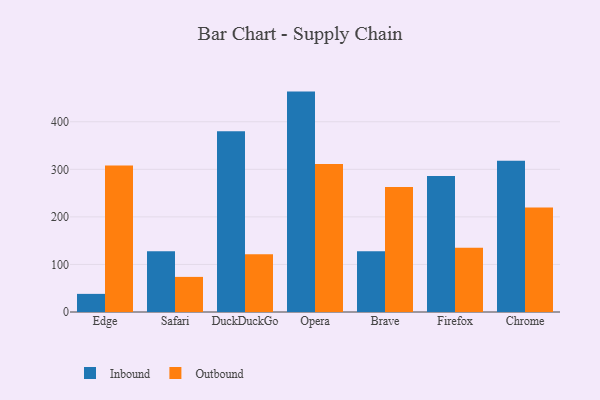
{"axis": {"x": "Browser", "y": "Shipments"}, "legend": ["Inbound", "Outbound"], "data": [{"x": "Edge", "y": 38.1, "type": "Inbound"}, {"x": "Edge", "y": 308.1, "type": "Outbound"}, {"x": "Safari", "y": 127.8, "type": "Inbound"}, {"x": "Safari", "y": 73.8, "type": "Outbound"}, {"x": "DuckDuckGo", "y": 380.2, "type": "Inbound"}, {"x": "DuckDuckGo", "y": 121.5, "type": "Outbound"}, {"x": "Opera", "y": 463.4, "type": "Inbound"}, {"x": "Opera", "y": 311.4, "type": "Outbound"}, {"x": "Brave", "y": 127.6, "type": "Inbound"}, {"x": "Brave", "y": 262.8, "type": "Outbound"}, {"x": "Firefox", "y": 285.9, "type": "Inbound"}, {"x": "Firefox", "y": 135.1, "type": "Outbound"}, {"x": "Chrome", "y": 317.8, "type": "Inbound"}, {"x": "Chrome", "y": 219.6, "type": "Outbound"}]}